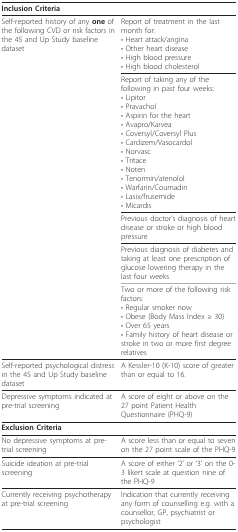
<table><thead><tr><td><b>Inclusion Criteria</b></td><td></td></tr></thead><tbody><tr><td>Self-reported history of any <b>one </b>of the following CVD or risk factors in the 45 and Up Study baseline dataset</td><td>Report of treatment in the last month for:• Heart attack/angina• Other heart disease• High blood pressure• High blood cholesterol</td></tr><tr><td></td><td>Report of taking any of the following in past four weeks:• Lipitor• Pravachol• Aspirin for the heart• Avapro/Karvea• Coversyl/Coversyl Plus• Cardizem/Vasocardol• Norvasc• Tritace• Noten• Tenormin/atenolol• Warfarin/Coumadin• Lasix/frusemide• Micardis</td></tr><tr><td></td><td>Previous doctor&#x27;s diagnosis of heart disease or stroke or high blood pressure</td></tr><tr><td></td><td>Previous diagnosis of diabetes and taking at least one prescription of glucose lowering therapy in the last four weeks</td></tr><tr><td></td><td>Two or more of the following risk factors:• Regular smoker now• Obese (Body Mass Index ≥ 30)• Over 65 years• Family history of heart disease or stroke in two or more first degree relatives</td></tr><tr><td>Self-reported psychological distress in the 45 and Up Study baseline dataset</td><td>A Kessler-10 (K-10) score of greater than or equal to 16.</td></tr><tr><td>Depressive symptoms indicated at pre-trial screening</td><td>A score of eight or above on the 27 point Patient Health Questionnaire (PHQ-9)</td></tr><tr><td><b>Exclusion Criteria</b></td><td></td></tr><tr><td>No depressive symptoms at pre-trial screening</td><td>A score less than or equal to seven on the 27 point scale of the PHQ-9</td></tr><tr><td>Suicide ideation at pre-trial screening</td><td>A score of either &#x27;2&#x27; or &#x27;3&#x27; on the 0-3 likert scale at question nine of the PHQ-9</td></tr><tr><td>Currently receiving psychotherapy at pre-trial screening</td><td>Indication that currently receiving any form of counselling e.g. with a counsellor, GP, psychiatrist or psychologist</td></tr></tbody></table>